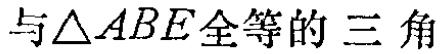
与\(\triangle ABE\)全等的三角